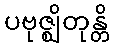
ပဗုဇ္ဈိတုန္တိ